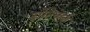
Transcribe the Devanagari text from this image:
ग्रोटेकेर्क